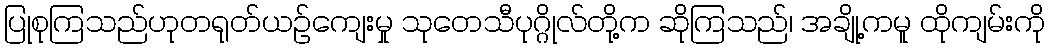
ပြုစုကြသည်ဟုတရုတ်ယဉ်ကျေးမှု သုတေသီပုဂ္ဂိုလ်တို့က ဆိုကြသည်၊ အချို့ကမူ ထိုကျမ်းကို